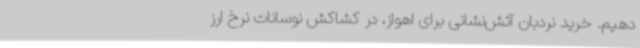
دهیم. خرید نردبان آتش‌نشانی برای اهواز، در کشاکش نوسانات نرخ ارز